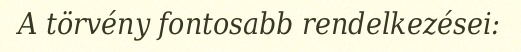
A törvény fontosabb rendelkezései: